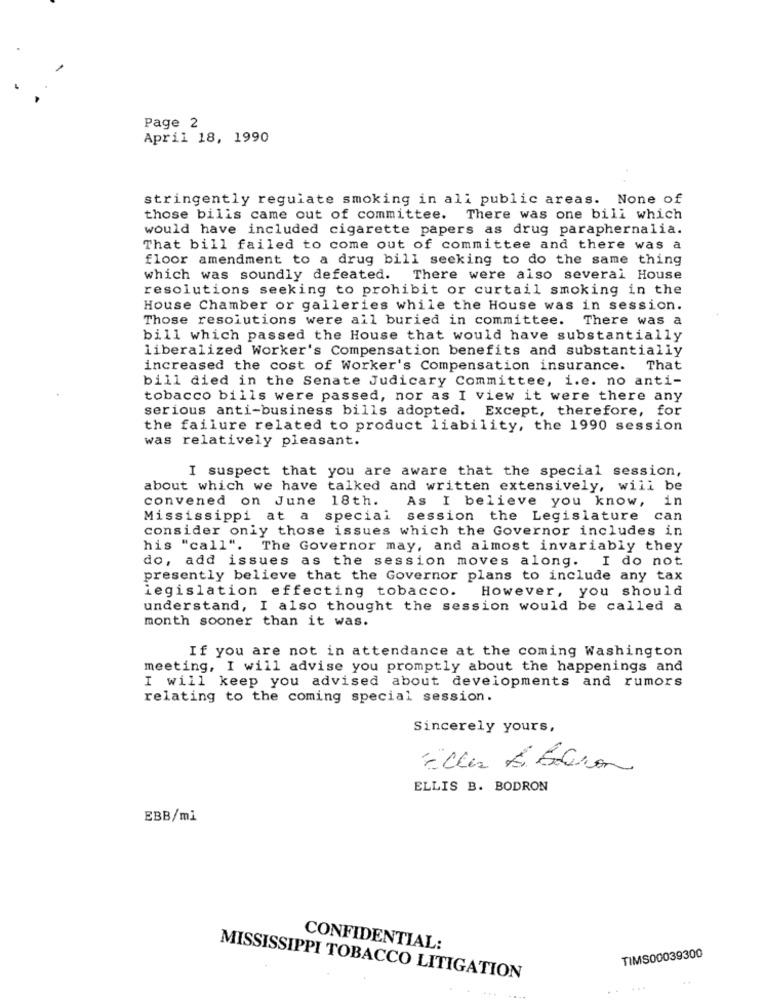
Page 2
April 18, 1990
stringently regulate smoking in all public areas. None of
those bilis came out of committee. There was one bili which
would have included cigarette papers as drug paraphernalia.
That bill failed to come out of committee and there was a
floor amendment to a drug bill seeking to do the same thing
which was soundly defeated. There were also several House
resolutions seeking to prohibit or curtail smoking in the
House Chamber or galleries while the House was in session.
Those resolutions were all buried in committee.
There was a
bill which passed the House that would have substantially
liberalized Worker's Compensation benefits and substantially
increased the cost of Worker's Compensation insurance.
That
bill died in the Senate Judicary Committee, i.e. no anti-
tobacco bills were passed, nor as I view it were there any
serious anti-business bills adopted. Except, therefore, for
the failure related to product liability, the 1990 session
was relatively pleasant.
I suspect that you are aware that the special session,
about which we have talked and written extensively, will be
convened on June 18th.
As I believe you know,
in
Mississippi at a special session the Legislature
can
consider only those issues which the Governor includes in
his "call". The Governor may, and almost invariably they
do, add issues as the session moves along. I do not
presently believe that the Governor plans to include any tax
legislation effecting tobacco.
However, you should
understand, I also thought the session would be called a
month sooner than it was.
If you are not in attendance at the coming Washington
meeting, I will advise you promptly about the happenings and
I will keep you advised about developments and rumors
relating to the coming special session.
Sincerely yours,
Eller E baron
ELLIS B. BODRON
EBB/mi
CONFIDENTIAL:
TIMS00039300
MISSISSIPPI TOBACCO LITIGATION